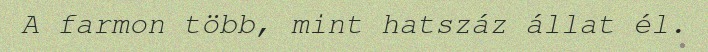
A farmon több, mint hatszáz állat él.